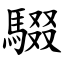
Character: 䮕